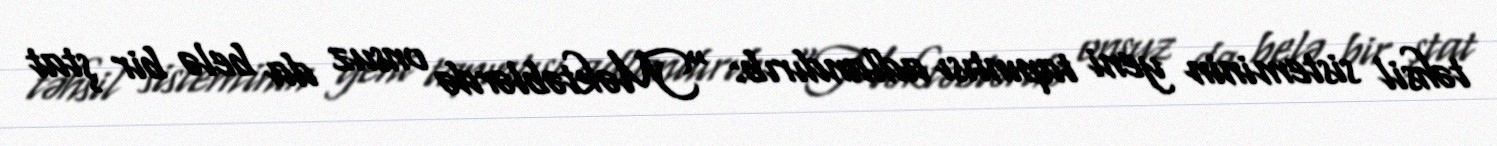
təhsil sisteminin yeni tapıntısı adlandırıb: “Məktəblərdə onsuz da belə bir ştat